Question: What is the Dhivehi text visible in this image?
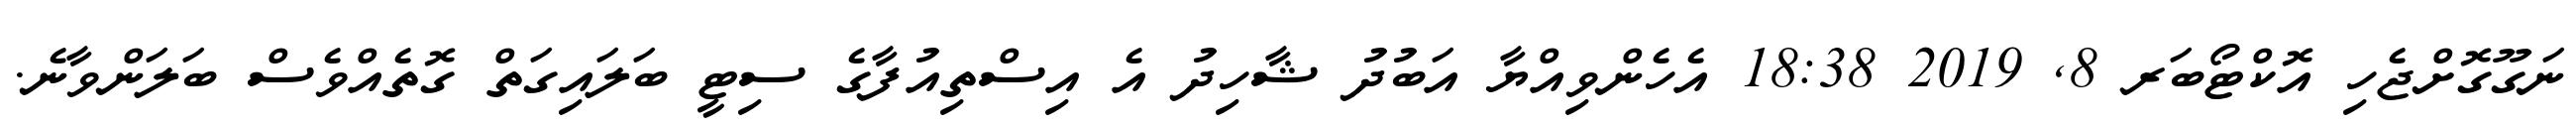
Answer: ނަގޫގޮށްޖެހި އޮކްޓޯބަރ 8, 2019 18:38 އެހެންވިއްޔާ އަބުދު ޝާހިދު އެ އިސްތިއުފާގެ ސިޓީ ބަލައިގަތް ގޮތެއްވެސް ބަލަންވާނެ.